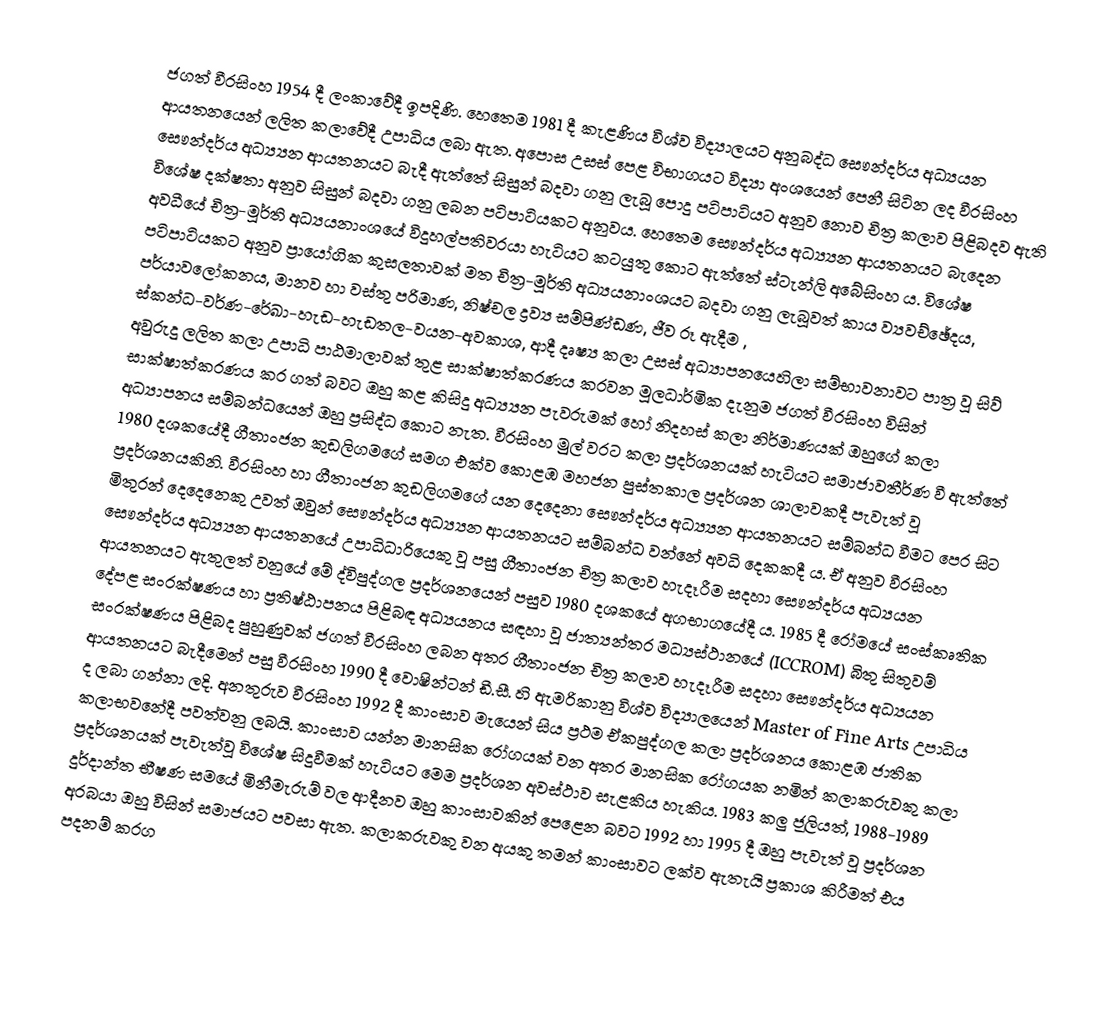
ජගත් වීරසිංහ 1954 දී ලංකාවේදී ඉපදිණි. හෙතෙම 1981 දී කැළණිය විශ්ව විද්‍යාලයට අනුබද්ධ සෞන්දර්ය අධ්‍යයන ආයතනයෙන් ලලිත කලාවේදී උපාධිය ලබා ඇත. අපොස උසස් පෙළ විභාගයට විද්‍යා අංශයෙන් පෙනී සිටින ලද වීරසිංහ සෞන්දර්ය අධ්‍ය්‍යන ආයතනයට බැදී ඇත්තේ   සිසුන් බදවා ගනු ලැබූ පොදු පටිපාටියට අනුව නොව   චිත්‍ර කලාව පිළිබදව ඇති විශේෂ දක්ෂතා අනුව සිසුන් බදවා ගනු ලබන පටිපාටියකට අනුවය. හෙතෙම  සෞන්දර්ය අධ්‍ය්‍යන ආයතනයට බැදෙන අවධීයේ චිත්‍ර-මූර්ති අධ්‍යයනාංශයේ විදුහල්පතිවරයා හැටියට කටයුතු කොට ඇත්තේ ස්ටැන්ලි අබේසිංහ ය. විශේෂ පටිපාටියකට අනුව ප්‍රායෝගික කුසලතාවක් මත චිත්‍ර-මූර්ති අධ්‍යයනාංශයට බදවා ගනු ලැබූවත්  කාය ව්‍යවච්ඡේදය, පර්යාවලෝකනය, මානව හා වස්තු පරිමාණ, නිෂ්චල ද්‍රව්‍ය සම්පිණ්ඩණ, ජීව රූ ඇදීම , ස්කන්ධ-වර්ණ-රේඛා-හැඩ-හැඩතල-වයන-අවකාශ,   ආදී දෘෂ්‍ය කලා උසස් අධ්‍යාපනයෙහිලා සම්භාවනාවට පාත්‍ර වූ සිව් අවුරුදු ලලිත කලා උපාධි පාඨමාලාවක් තුළ   සාක්ෂාත්කරණය කරවන මූලධාර්මික දැනුම ජගත් වීරසිංහ විසින් සාක්ෂාත්කරණය කර ගත් බවට ඔහු කළ කිසිදු අධ්‍ය්‍යන පැවරුමක් හෝ නිදහස් කලා නිර්මාණයක් ඔහුගේ කලා අධ්‍යාපනය සම්බන්ධයෙන් ඔහු ප්‍රසිද්ධ කොට නැත.   වීරසිංහ මුල් වරට කලා ප්‍රදර්ශනයක් හැටියට සමාජාවතීර්ණ වී ඇත්තේ 1980 දශකයේදී ගීතාංජන කුඩලිගමගේ සමග එක්ව කොළඹ මහජන පුස්තකාල ප්‍රදර්ශන ශාලාවකදී පැවැත් වූ ප්‍රදර්ශනයකිනි. වීරසිංහ හා ගීතාංජන කුඩලිගමගේ යන දෙදෙනා සෞන්දර්ය අධ්‍ය්‍යන ආයතනයට සම්බන්ධ වීමට පෙර සිට මිතුරන් දෙදෙනෙකු උවත් ඔවුන් සෞන්දර්ය අධ්‍ය්‍යන ආයතනයට සම්බන්ධ වන්නේ අවධි දෙකකදී ය. ඒ අනුව  වීරසිංහ සෞන්දර්ය අධ්‍ය්‍යන ආයතනයේ උපාධිධාරියෙකු වූ පසු ගීතාංජන චිත්‍ර කලාව හැදෑරීම සදහා සෞන්දර්ය අධ්‍යයන ආයතනයට ඇතුලත් වනුයේ මේ ද්විපුද්ගල ප්‍රදර්ශනයෙන් පසුව 1980 දශක‍යේ අගභාග‍යේදී ය. 1985 දී රෝමයේ සංස්කෘතික දේපළ සංරක්ෂණය හා ප්‍රතිෂ්ඨාපනය පිළිබඳ අධ්‍යයනය සඳහා වූ ජාත්‍යන්තර මධ්‍යස්ථානයේ (ICCROM)   බිතු සිතුවම්  සංරක්ෂණය පිළිබද පුහුණුවක් ජගත් වීරසිංහ ලබන අතර   ගීතාංජන චිත්‍ර කලාව හැදෑරීම සදහා සෞන්දර්ය අධ්‍යයන ආයතනයට බැදීමෙන් පසු  වීරසිංහ 1990 දී වොෂින්ටන් ඩී.සී. හි ඇමරිකානු විශ්ව විද්‍යාලයෙන් Master of Fine Arts උපාධිය ද  ලබා ගන්නා ලදි.     අනතුරුව වීරසිංහ  1992 දී  කාංසාව මැයෙන් සිය ප්‍රථම ඒකපුද්ගල කලා ප්‍රදර්ශනය කොළඹ ජාතික කලාභවනේදී  පවත්වනු ලබයි.  කාංසාව යන්න මානසික රෝගයක් වන අතර මානසික රෝගයක නමින් කලාකරුවකු  කලා ප්‍රදර්ශනයක් පැවැත්වූ විශේෂ සිදුවීමක් හැටියට මෙම ප්‍රදර්ශන අවස්ථාව සැළකිය හැකිය. 1983 කලු ජූලියත්, 1988-1989 දුර්දාන්ත භීෂණ සමයේ මිනීමැරුම් වල ආදීනව ඔහු කාංසාවකින් පෙළෙන බවට 1992 හා 1995 දී ඔහු පැවැත් වූ ප්‍රදර්ශන අරබයා  ඔහු විසින් සමාජයට පවසා ඇත. කලාකරුවකු වන අයකු තමන් කාංසාවට ලක්ව ඇතැයි ප්‍රකාශ කිරීමත් එය පදනම් කරග